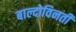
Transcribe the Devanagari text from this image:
बाल्दोविनती